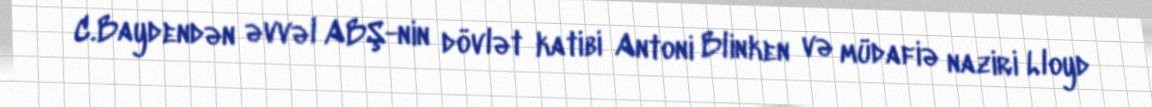
C.Baydendən əvvəl ABŞ-nin dövlət katibi Antoni Blinken və müdafiə naziri Lloyd